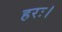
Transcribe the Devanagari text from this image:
हरः।